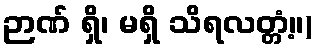
ဉာဏ် ရှိ၊ မရှိ သိရလတ္တံ့။)